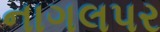
નાગલપર